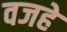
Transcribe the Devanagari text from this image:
वजहे